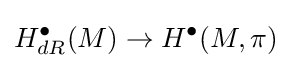
H_{dR}^{\bullet }(M)\to H^{\bullet }(M,\pi )